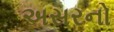
અસરનો